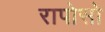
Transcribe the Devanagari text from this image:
रापोसो